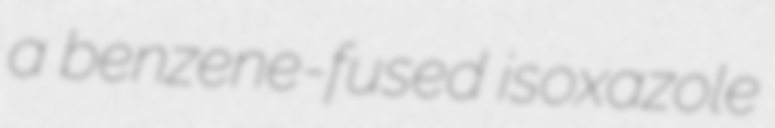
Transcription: a benzene-fused isoxazole